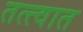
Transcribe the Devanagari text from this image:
तत्त्वात